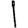
Digit: 1